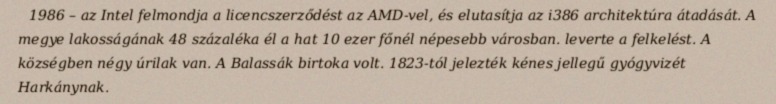
1986 – az Intel felmondja a licencszerződést az AMD-vel, és elutasítja az i386 architektúra átadását. A megye lakosságának 48 százaléka él a hat 10 ezer főnél népesebb városban. leverte a felkelést. A községben négy úrilak van. A Balassák birtoka volt. 1823-tól jelezték kénes jellegű gyógyvizét Harkánynak.